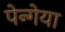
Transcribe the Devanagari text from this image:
पेन्गेया